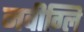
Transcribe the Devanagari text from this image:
नवीग्लि